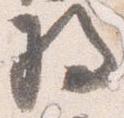
将